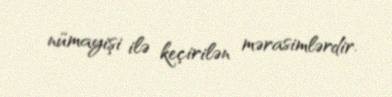
nümayişi ilə keçirilən mərasimlərdir.